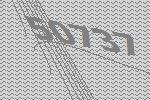
50737